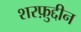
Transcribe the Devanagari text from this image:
शरफ़ुद्दीन